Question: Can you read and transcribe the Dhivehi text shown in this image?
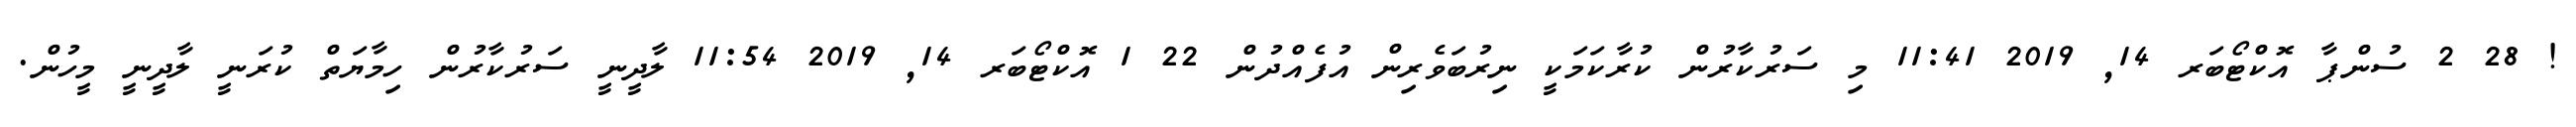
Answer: ! 28 2 ސުންޕާ އޮކްޓޯބަރ 14, 2019 11:41 މި ސަރުކާރުން ކުރާކަމަކީ ނިރުބަވެރިން އުފެއްދުން 22 1 އޮކްޓޯބަރ 14, 2019 11:54 ލާދީނީ ސަރުކާރުން ހިމާޔަތް ކުރަނީ ލާދީނީ މީހުން.